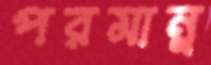
পরমান্ন